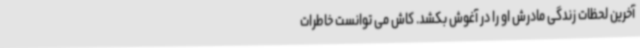
آخرین لحظات زندگی مادرش او را در آغوش بکشد. کاش می توانست خاطرات